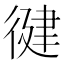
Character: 徤